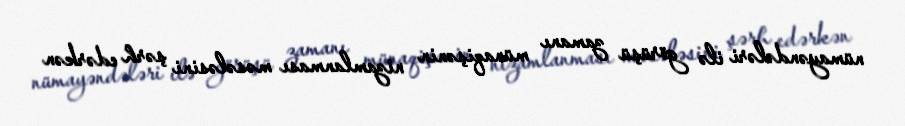
nümayəndələri ilə görüşü zamanı münaqişənin nizamlanması məsələsini şərh edərkən